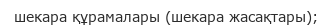
шекара құрамалары (шекара жасақтары);